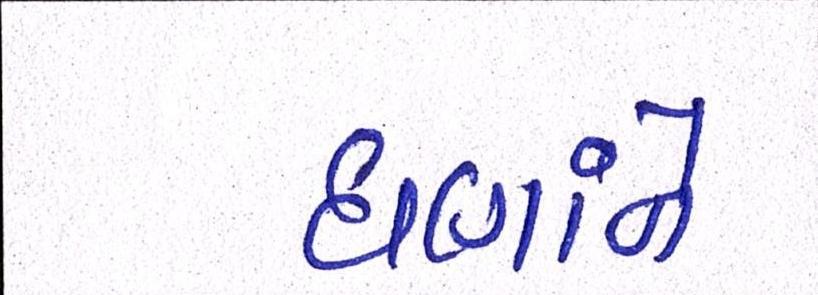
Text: ઘણાંને